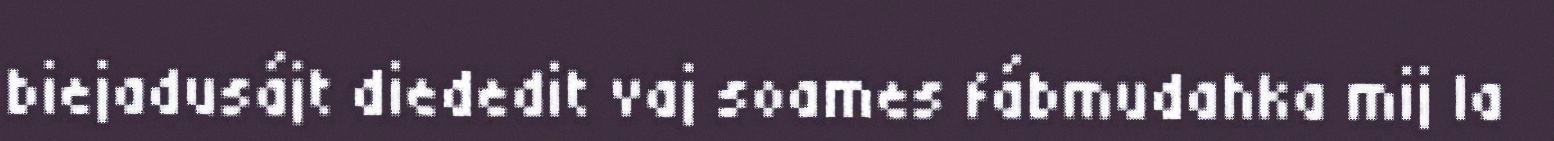
biejadusájt diededit vaj soames fábmudahka mij la